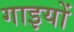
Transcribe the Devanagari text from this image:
गाइयों